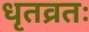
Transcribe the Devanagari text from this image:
धृतव्रतः